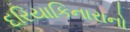
દરિયાકિનારાનો